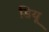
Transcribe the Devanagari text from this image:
डियू